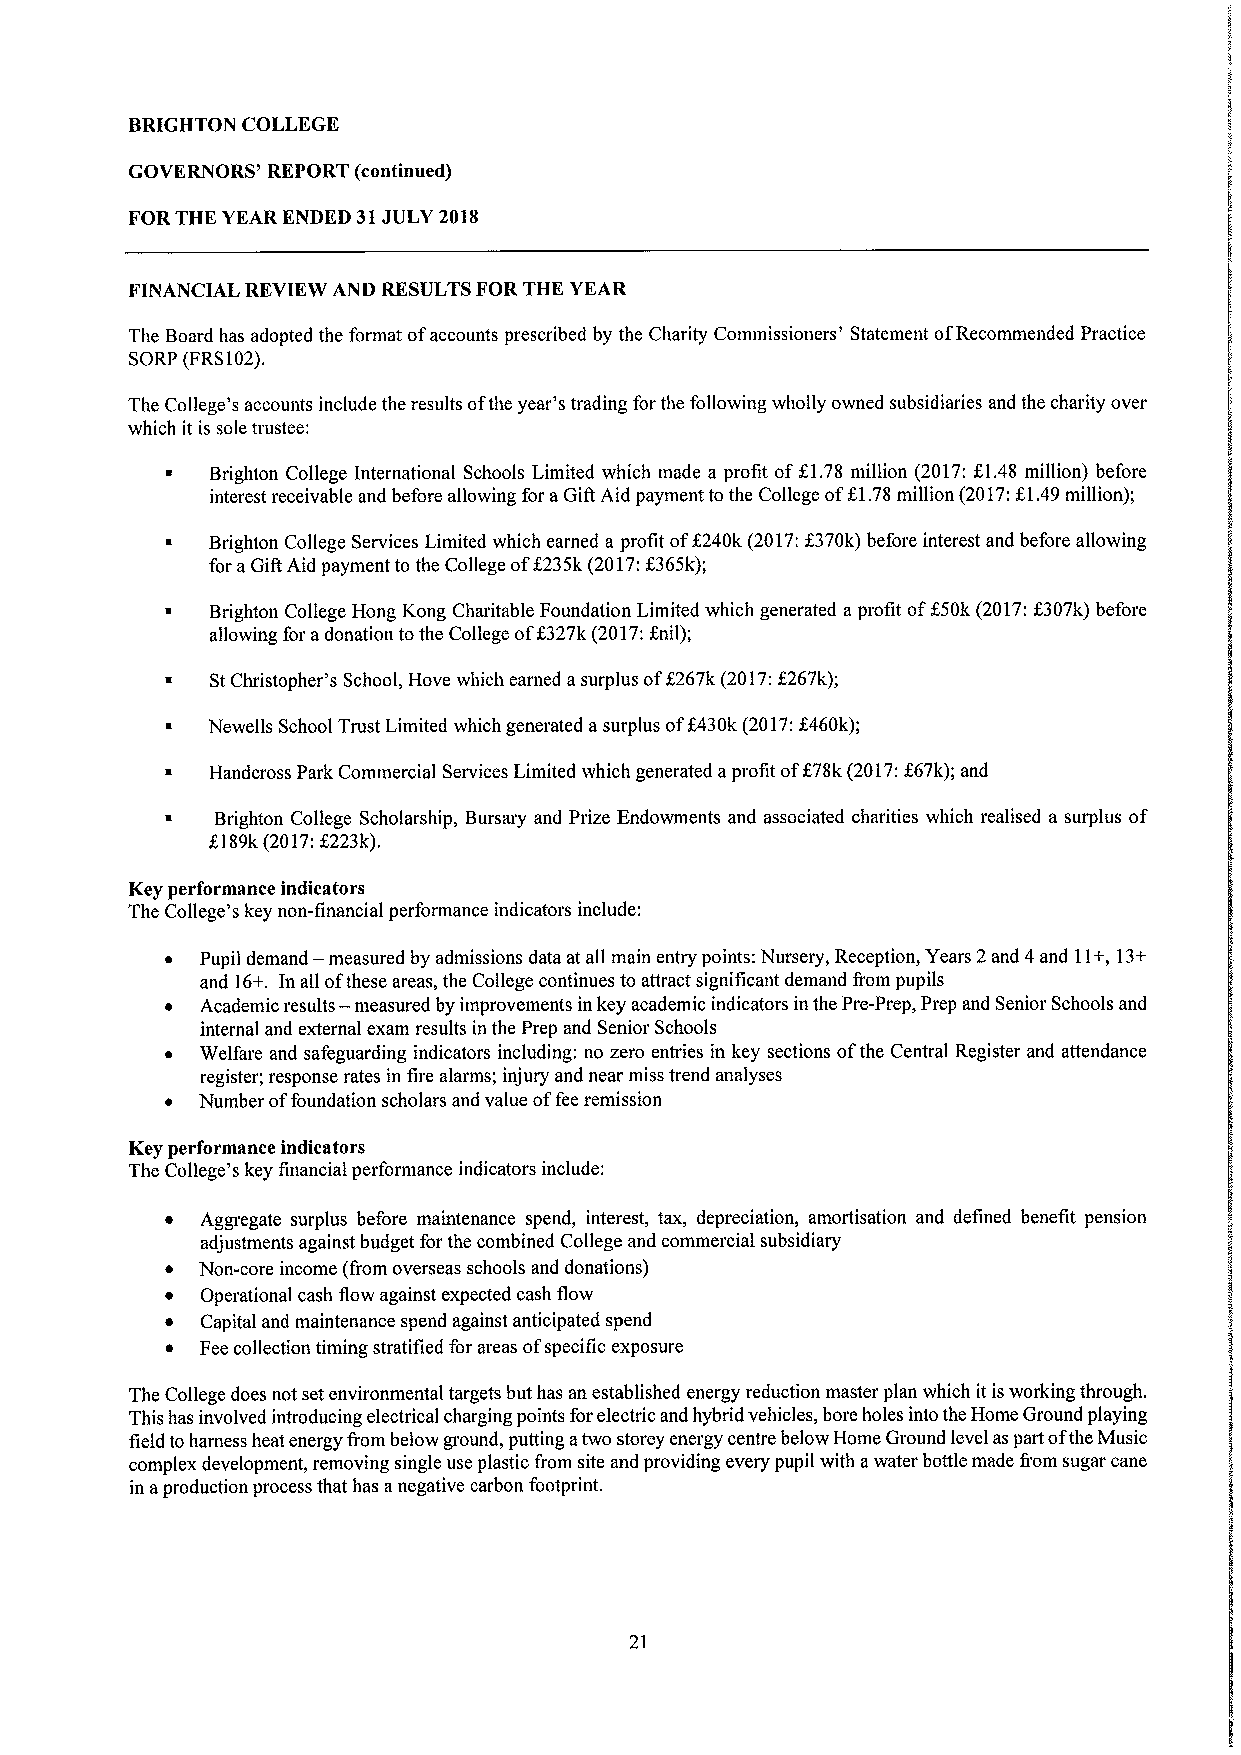
BRIGHTON COLLEGE
 GOVERNORS' REPORT (continued)
 FORTHE YEAR ENDED 31JULY 2018
 FINANCIAL REVIEW AND RESULTSFORTHE YEAR
 The Board has adopted the format ofaccounts prescribed by the Charity Conunissioners' Statement ofRecommended Practice
 SORP (FRS102).
 The College's accounts include the results ofthe year's trading for the following wholly owned subsidiaries and the charity over
 which it is sole trustee:
 ~  Brighton College International Schools Limited which made a profit of K1.78 million (2017:61.48 million) before
 interest receivable and before allowing for aGifl Aid payment tothe College ofK1.78million (2017:K1.49million);
 ~  Brighton College Services Limited which earned a profit of5240k (2017:K370k) before interest and before allowing
 for aGift Aid payment to the College ofE235k (2017:K365k);
 ~  Brighton College Hong Kong Charitable Foundation Limited which generated aprofit of$50k (2017:K307k) before
 allowing for adonation tothe College off327k (2017:anil);
 ~  StChristopher's School, Hove which earned asurplus off267k (2017:X267k);
 ~  Newells School Trust Limited which generated asurplus off430k (2017:Z460k);
 ~  Handcross Park Commercial Services Limited which generated aprofit ofK78k (2017:X67k);and
 ~  Brighton College Scholarship, Bursary and Prize Endowments and associated charities which realised a surplus of
 5189k(2017:6223k).
 Key performance indicators
 The College's key non-flinancial performance indicators include:
 ~ Pupil demand — measured by admissions data at all main entry points: Nursery, Reception, Years 2and 4and 11+,13+
 and 16+. In all ofthese areas, the College continues to attract significant demand from pupils
 ~ Academic results — measured by improvements in key academic indicators in the Pre-Prep, Prep and Senior Schools and
 internal and external exam results in the Prep and Senior Schools
 ~ Welfare and safeguarding indicators including: no zero entries in key sections ofthe Central Register and attendance
 register; response rates in fire alarms; injury and near miss trend analyses
 ~ Number offoundation scholars and value offee remission
 Key performance indicators
 The College's key financial performance indicators include:
 ~ Aggregate surplus before maintenance spend, interest, tax, depreciation, amortisation and defined benefit pension
 adjustments against budget for the combined College and commercial subsidiary
 ~ Non-core income (from overseas schools and donations)
 ~ Operational cash flow against expected cash flow
 ~ Capital and maintenance spend against anticipated spend
 ~ Fee collection timing stratified for areas ofspecific exposure
 The College does not set environmental targets but has an established energy reduction master plan which it isworking through.
 This has involved introducing electrical charging points forelectric and hybrid vehicles, bore holes into the Home Ground playing
 field toharness heat energy from below ground, putting atwo storey energy centre below Home Ground level as part ofthe Music
 complex development, removing single use plastic from site and providing every pupil with awater bottle made from sugar cane
 in aproduction process that has anegative carbon footprint.
 21